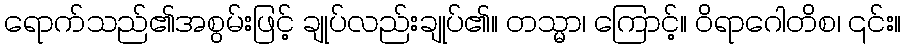
ရောက်သည်၏အစွမ်းဖြင့် ချုပ်လည်းချုပ်၏။ တသ္မာ၊ ကြောင့်။ ဝိရာဂေါတိစ၊ ၎င်း။